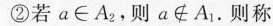
②若a\in A_{2}，则a\notin A_{1}.则称